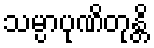
သမ္ပာပုဏိတုန္တိ